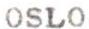
OSLO